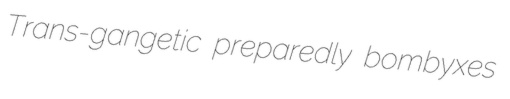
Trans-gangetic preparedly bombyxes